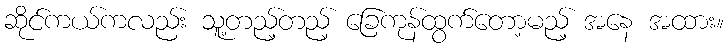
ဆိုင်ကယ်ကလည်း သူ့တည့်တည့် ခြေကုန်ထွက်တော့မည့် အနေ အထား။